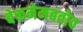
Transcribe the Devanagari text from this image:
बेकमेमबतोव